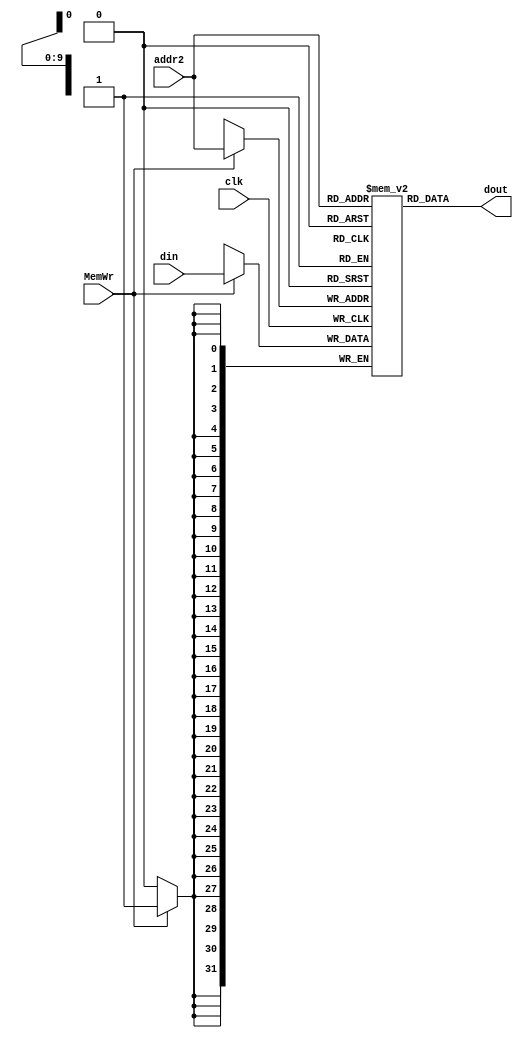
module DM(addr2, din, MemWr, clk, dout);
  input   [11:2]  addr2;  // address bus
  input   [31:0]  din;   // 32-bit input data
  input           MemWr;    // memory write enable
  input           clk;   // clock
  output wire [31:0]  dout;  // 32-bit memory output

  reg     [31:0]  dm[1023:0];
  integer i;
  initial
  begin
    for (i = 0; i < 1024; i = i + 1)
      dm[i] = 0;
  end
  assign dout = dm[addr2];
  always @(posedge clk)
  begin
    if (MemWr) 
      dm[addr2] <= din;
  end
endmodule